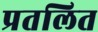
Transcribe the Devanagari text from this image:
प्रतलित